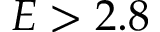
E > 2 . 8